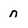
Character: n